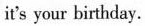
it's your birthday.